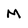
Character: M